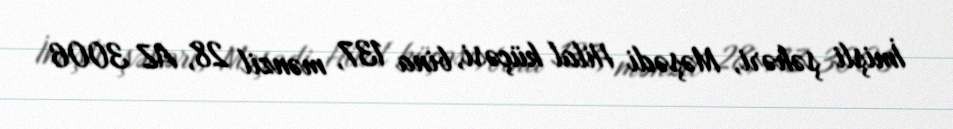
İmişli şəhəri, Məşədi Hilal küçəsi, bina 137, mənzil 28, AZ 3006